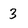
Character: 3